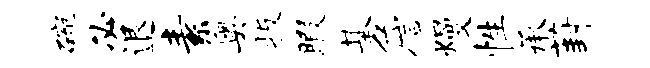
碗必退素奥扳暇基詹熳性承葑